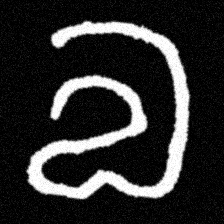
Pyu character \u2014 Myanmar letter: လ (romanized: la)